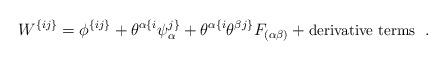
LaTeX: \begin{align*} W^{\{ij\}} = \phi^{\{ij\}} + \theta^{\alpha\{i}\psi^{j\}}_\alpha + \theta^{\alpha\{i} \theta^{\beta j\}} F_{(\alpha\beta)} + \mbox{\small derivative terms }\;.\end{align*}